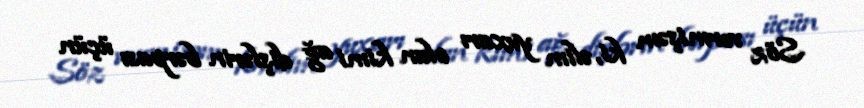
Söz vermişəm ki, əlim yuxarı olan kimi ağ dişlərin bərpası üçün